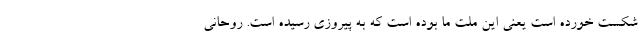
شکست خورده است یعنی این ملت ما بوده است که به پیروزی رسیده است. روحانی